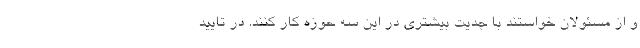
و از مسئولان خواستند با جدیت بیشتری در این سه حوزه کار کنند. در تایید